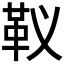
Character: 𩉠